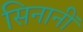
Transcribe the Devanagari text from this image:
सिनानीं